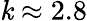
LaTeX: \mathit{k}\approx2.8